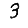
Digit: 3